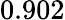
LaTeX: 0.902